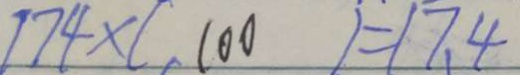
1 7 4 \times ( 1 0 0 ) = 1 7 . 4